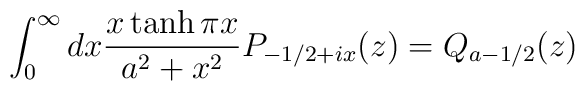
\int_0^\infty dx\frac{x\tanh\pi x}{a^2+x^2}P_{-1/2+ix}(z)=Q_{a-1/2}(z)